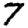
Digit: 7